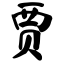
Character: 贾